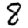
Digit: 8